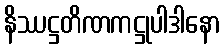
နိဿဋ္ဌတိဏကဋ္ဌုပါဒါနော